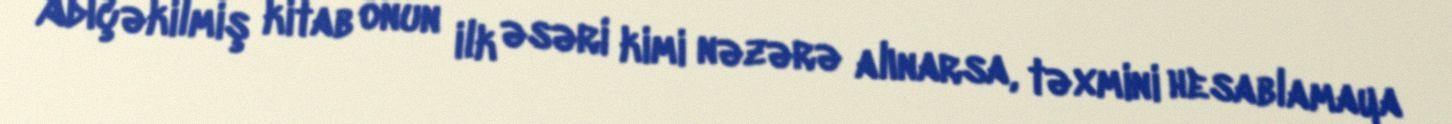
Adıçəkilmiş kitab onun ilk əsəri kimi nəzərə alınarsa, təxmini hesablamaya